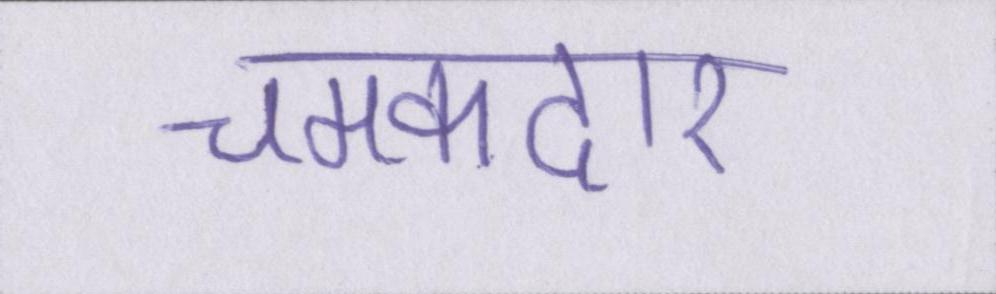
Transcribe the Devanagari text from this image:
चमकदार